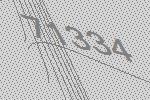
71334